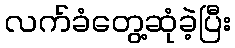
လက်ခံတွေ့ဆုံခဲ့ပြီး